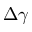
\Delta \gamma